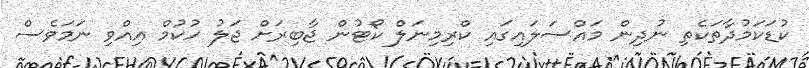
ކުޑަކަމުދާތަކެތި ނުދިން މައްސަލައިގައި ކްރިމިނަލް ކޯޓުން ޖާބިރަށް ޖަލު ހުކުމް އިއްވި ނަމަވެސް